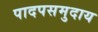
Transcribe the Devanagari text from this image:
पादपसमुदाय